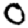
Digit: 0